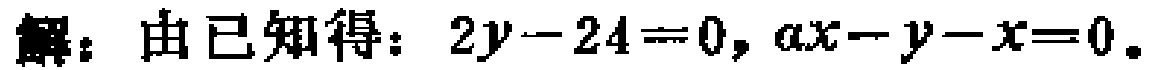
解：由已知得：\(2y - 24 = 0, ax - y - x = 0\)。